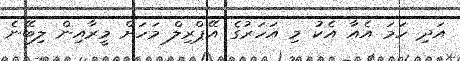
އަދި ހަމަ އެއާ އެކު މި އަހަރުގެ އޭޕްރިލް މަހަށް މީރާއިން ލިބޭނެ